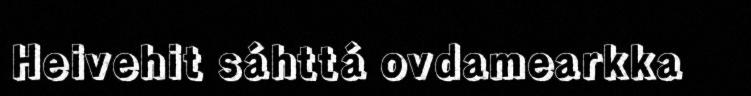
Heivehit sáhttá ovdamearkka